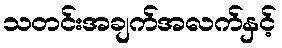
သတင်းအချက်အလက်နှင့်